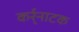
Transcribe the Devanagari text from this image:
कर्र्नाटक